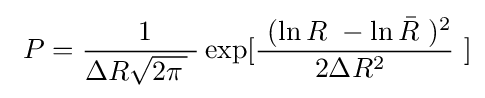
\ P={{\ 1 \over \Delta R{\sqrt {2\pi \,}}\ }\exp[{\ (\ln {R}\ -\ln {\bar {R}}\ )^{2} \over \ 2\Delta R^{2}\ \ }\ }]